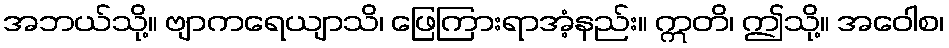
အဘယ်သို့။ ဗျာကရေယျာသိ၊ ဖြေကြားရာအံ့နည်း။ ဣတိ၊ ဤသို့။ အဝေါစ၊